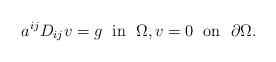
LaTeX: \begin{align*}a^{ij}D_{ij} v= g\;\mbox{ in }\; \Omega,v=0 \;\mbox{ on } \; \partial \Omega.\end{align*}